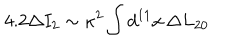
LaTeX: 4 . 2 \Delta I _ { 2 } \sim \kappa ^ { 2 } \int d ^ { 1 1 } x \, \Delta L _ { 2 0 }